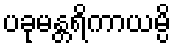
ပခုမန္တရိကာယမ္ပိ